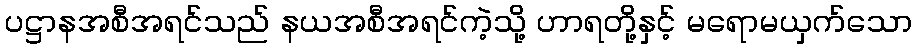
ပဋ္ဌာနအစီအရင်သည် နယအစီအရင်ကဲ့သို့ ဟာရတို့နှင့် မရောမယှက်သော